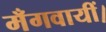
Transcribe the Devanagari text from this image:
मँगवायीं।